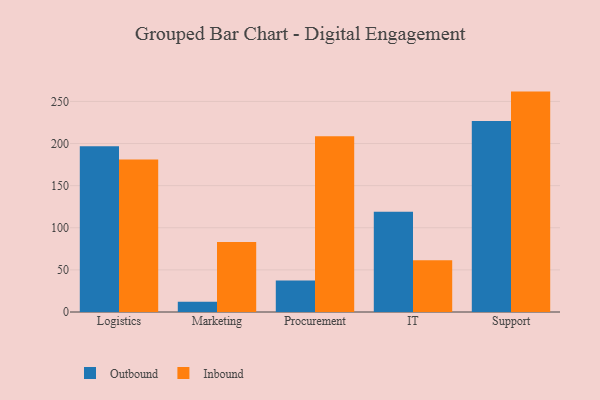
{"axis": {"x": "Department", "y": "Active Users"}, "legend": ["Inbound", "Outbound"], "data": [{"x": "Logistics", "y": 196.9, "type": "Outbound"}, {"x": "Logistics", "y": 181.2, "type": "Inbound"}, {"x": "Marketing", "y": 12.3, "type": "Outbound"}, {"x": "Marketing", "y": 83.2, "type": "Inbound"}, {"x": "Procurement", "y": 37.4, "type": "Outbound"}, {"x": "Procurement", "y": 208.7, "type": "Inbound"}, {"x": "IT", "y": 119.1, "type": "Outbound"}, {"x": "IT", "y": 61.5, "type": "Inbound"}, {"x": "Support", "y": 226.8, "type": "Outbound"}, {"x": "Support", "y": 261.7, "type": "Inbound"}]}